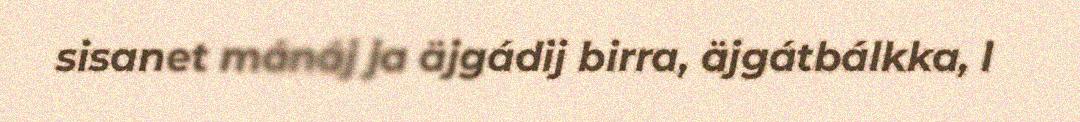
sisanet mánáj ja äjgádij birra, äjgátbálkka, l